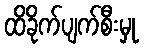
ထိခိုက်ပျက်စီးမှု